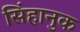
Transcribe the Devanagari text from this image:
सिंहानुक